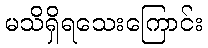
မသိရှိရသေးကြောင်း